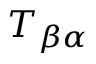
{ T _ { \beta \alpha } }